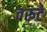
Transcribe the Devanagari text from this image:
वरुटे